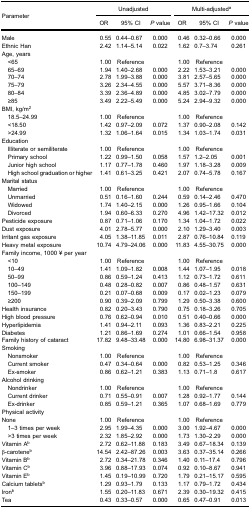
<table><thead><tr><td rowspan="3"><b>Parameter</b></td><td colspan="3"><b>Unadjusted</b></td><td colspan="3"><b>Multi-adjusted<sup>a</sup></b></td></tr><tr><td><b>OR</b></td><td><b>95% CI</b></td><td><b><i>P</i> value</b></td><td><b>OR</b></td><td><b>95% CI</b></td><td><b><i>P</i> value</b></td></tr></thead><tbody><tr><td>Male</td><td>0.55</td><td>0.44–0.67</td><td>0.000</td><td>0.46</td><td>0.32–0.66</td><td>0.000</td></tr><tr><td>Ethnic Han</td><td>2.42</td><td>1.14–5.14</td><td>0.022</td><td>1.62</td><td>0.7–3.74</td><td>0.261</td></tr><tr><td>Age, years</td><td> </td><td> </td><td> </td><td> </td><td> </td><td> </td></tr><tr><td> &lt;65</td><td>1.00</td><td>Reference</td><td> </td><td>1.00</td><td>Reference</td><td> </td></tr><tr><td> 65–69</td><td>1.94</td><td>1.40–2.68</td><td>0.000</td><td>2.22</td><td>1.53–3.21</td><td>0.000</td></tr><tr><td> 70–74</td><td>2.78</td><td>1.99–3.88</td><td>0.000</td><td>3.81</td><td>2.57–5.65</td><td>0.000</td></tr><tr><td> 75–79</td><td>3.26</td><td>2.34–4.55</td><td>0.000</td><td>5.57</td><td>3.71–8.36</td><td>0.000</td></tr><tr><td> 80–84</td><td>3.39</td><td>2.36–4.89</td><td>0.000</td><td>4.85</td><td>3.02–7.79</td><td>0.000</td></tr><tr><td> ≥85</td><td>3.49</td><td>2.22–5.49</td><td>0.000</td><td>5.24</td><td>2.94–9.32</td><td>0.000</td></tr><tr><td>BMI, kg/m<sup>2</sup></td><td> </td><td> </td><td> </td><td> </td><td> </td><td> </td></tr><tr><td> 18.5–24.99</td><td>1.00</td><td>Reference</td><td> </td><td>1.00</td><td>Reference</td><td> </td></tr><tr><td> &lt;18.50</td><td>1.42</td><td>0.97–2.09</td><td>0.072</td><td>1.37</td><td>0.90–2.08</td><td>0.142</td></tr><tr><td> &gt;24.99</td><td>1.32</td><td>1.06–1.64</td><td>0.015</td><td>1.34</td><td>1.03–1.74</td><td>0.031</td></tr><tr><td>Education</td><td> </td><td> </td><td> </td><td> </td><td> </td><td> </td></tr><tr><td> Illiterate or semiliterate</td><td>1.00</td><td>Reference</td><td> </td><td>1.00</td><td>Reference</td><td> </td></tr><tr><td> Primary school</td><td>1.22</td><td>0.99–1.50</td><td>0.058</td><td>1.57</td><td>1.2–2.05</td><td>0.001</td></tr><tr><td> Junior high school</td><td>1.17</td><td>0.77–1.78</td><td>0.460</td><td>1.97</td><td>1.18–3.28</td><td>0.009</td></tr><tr><td> High school graduation or higher</td><td>1.41</td><td>0.61–3.25</td><td>0.421</td><td>2.07</td><td>0.74–5.78</td><td>0.167</td></tr><tr><td>Marital status</td><td> </td><td> </td><td> </td><td> </td><td> </td><td> </td></tr><tr><td> Married</td><td>1.00</td><td>Reference</td><td> </td><td>1.00</td><td>Reference</td><td> </td></tr><tr><td> Unmarried</td><td>0.51</td><td>0.16–1.60</td><td>0.244</td><td>0.59</td><td>0.14–2.46</td><td>0.470</td></tr><tr><td> Widowed</td><td>1.74</td><td>1.40–2.15</td><td>0.000</td><td>1.26</td><td>0.95–1.66</td><td>0.104</td></tr><tr><td> Divorced</td><td>1.94</td><td>0.60–6.33</td><td>0.270</td><td>4.96</td><td>1.42–17.32</td><td>0.012</td></tr><tr><td>Pesticide exposure</td><td>0.87</td><td>0.71–1.06</td><td>0.170</td><td>1.34</td><td>1.04–1.72</td><td>0.022</td></tr><tr><td>Dust exposure</td><td>4.01</td><td>2.78–5.77</td><td>0.000</td><td>2.10</td><td>1.29–3.40</td><td>0.003</td></tr><tr><td>Irritant gas exposure</td><td>4.05</td><td>1.38–11.85</td><td>0.011</td><td>2.87</td><td>0.76–10.84</td><td>0.119</td></tr><tr><td>Heavy metal exposure</td><td>10.74</td><td>4.79–24.06</td><td>0.000</td><td>11.83</td><td>4.55–30.75</td><td>0.000</td></tr><tr><td>Family income, 1000 ¥ per year</td><td> </td><td> </td><td> </td><td> </td><td> </td><td> </td></tr><tr><td> &lt;10</td><td>1.00</td><td>Reference</td><td> </td><td>1.00</td><td>Reference</td><td> </td></tr><tr><td> 10–49</td><td>1.41</td><td>1.09–1.82</td><td>0.008</td><td>1.44</td><td>1.07–1.95</td><td>0.018</td></tr><tr><td> 50–99</td><td>0.86</td><td>0.59–1.24</td><td>0.413</td><td>1.12</td><td>0.73–1.72</td><td>0.611</td></tr><tr><td> 100–149</td><td>0.48</td><td>0.28–0.82</td><td>0.007</td><td>0.86</td><td>0.48–1.57</td><td>0.631</td></tr><tr><td> 150–199</td><td>0.21</td><td>0.07–0.68</td><td>0.009</td><td>0.17</td><td>0.02–1.23</td><td>0.079</td></tr><tr><td> ≥200</td><td>0.90</td><td>0.39–2.09</td><td>0.799</td><td>1.29</td><td>0.50–3.38</td><td>0.600</td></tr><tr><td>Health insurance</td><td>0.82</td><td>0.20–3.43</td><td>0.790</td><td>0.75</td><td>0.18–3.26</td><td>0.705</td></tr><tr><td>High blood pressure</td><td>0.76</td><td>0.62–0.94</td><td>0.010</td><td>0.51</td><td>0.40–0.66</td><td>0.000</td></tr><tr><td>Hyperlipidemia</td><td>1.41</td><td>0.94–2.11</td><td>0.093</td><td>1.36</td><td>0.83–2.21</td><td>0.225</td></tr><tr><td>Diabetes</td><td>1.21</td><td>0.86–1.69</td><td>0.274</td><td>1.01</td><td>0.66–1.54</td><td>0.958</td></tr><tr><td>Family history of cataract</td><td>17.82</td><td>9.48–33.48</td><td>0.000</td><td>14.80</td><td>6.98–31.37</td><td>0.000</td></tr><tr><td>Smoking</td><td> </td><td> </td><td> </td><td> </td><td> </td><td> </td></tr><tr><td> Nonsmoker</td><td>1.00</td><td>Reference</td><td> </td><td>1.00</td><td>Reference</td><td> </td></tr><tr><td> Current smoker</td><td>0.47</td><td>0.34–0.64</td><td>0.000</td><td>0.82</td><td>0.53–1.25</td><td>0.346</td></tr><tr><td> Ex-smoker</td><td>0.86</td><td>0.62–1.21</td><td>0.383</td><td>1.13</td><td>0.71–1.8</td><td>0.617</td></tr><tr><td>Alcohol drinking</td><td> </td><td> </td><td> </td><td> </td><td> </td><td> </td></tr><tr><td> Nondrinker</td><td>1.00</td><td>Reference</td><td> </td><td>1.00</td><td>Reference</td><td> </td></tr><tr><td> Current drinker</td><td>0.71</td><td>0.55–0.91</td><td>0.007</td><td>1.28</td><td>0.92–1.77</td><td>0.144</td></tr><tr><td> Ex-drinker</td><td>0.85</td><td>0.59–1.21</td><td>0.365</td><td>1.07</td><td>0.68–1.69</td><td>0.779</td></tr><tr><td>Physical activity</td><td> </td><td> </td><td> </td><td> </td><td> </td><td> </td></tr><tr><td>None</td><td>1.00</td><td>Reference</td><td> </td><td>1.00</td><td>Reference</td><td> </td></tr><tr><td> 1–3 times per week</td><td>2.95</td><td>1.99–4.35</td><td>0.000</td><td>3.00</td><td>1.92–4.67</td><td>0.000</td></tr><tr><td> &gt;3 times per week</td><td>2.32</td><td>1.85–2.92</td><td>0.000</td><td>1.73</td><td>1.30–2.29</td><td>0.000</td></tr><tr><td>Vitamin A<sup>b</sup></td><td>2.72</td><td>0.62–11.88</td><td>0.183</td><td>3.49</td><td>0.67–18.34</td><td>0.139</td></tr><tr><td>β-carotene<sup>b</sup></td><td>14.54</td><td>2.42–87.26</td><td>0.003</td><td>3.63</td><td>0.37–35.14</td><td>0.266</td></tr><tr><td>Vitamin B<sup>b</sup></td><td>2.72</td><td>0.34–21.78</td><td>0.346</td><td>1.40</td><td>0.11–17.4</td><td>0.796</td></tr><tr><td>Vitamin C<sup>b</sup></td><td>3.96</td><td>0.88–17.93</td><td>0.074</td><td>0.92</td><td>0.10–8.67</td><td>0.941</td></tr><tr><td>Vitamin E<sup>b</sup></td><td>1.45</td><td>0.19–10.99</td><td>0.720</td><td>1.79</td><td>0.21–15.17</td><td>0.595</td></tr><tr><td>Calcium tablets<sup>b</sup></td><td>1.29</td><td>0.93–1.79</td><td>0.133</td><td>1.17</td><td>0.79–1.72</td><td>0.434</td></tr><tr><td>Iron<sup>b</sup></td><td>1.55</td><td>0.20–11.83</td><td>0.671</td><td>2.39</td><td>0.30–19.32</td><td>0.415</td></tr><tr><td>Tea</td><td>0.43</td><td>0.33–0.57</td><td>0.000</td><td>0.65</td><td>0.47–0.91</td><td>0.013</td></tr></tbody></table>